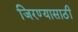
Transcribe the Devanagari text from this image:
जिरण्यासाठी